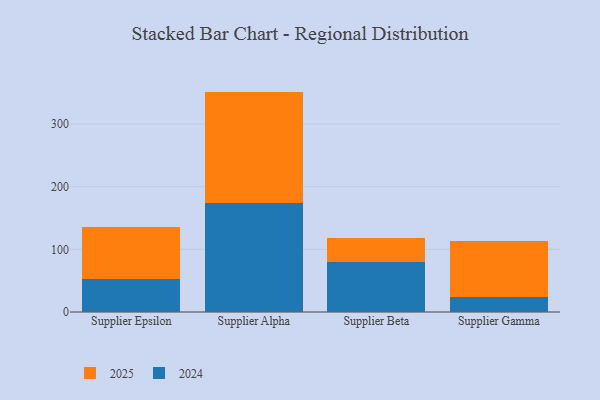
{"axis": {"x": "Supplier", "y": "Humidity (%)"}, "legend": ["2024", "2025"], "data": [{"x": "Supplier Epsilon", "y": 82.5, "type": "2025"}, {"x": "Supplier Epsilon", "y": 52.6, "type": "2024"}, {"x": "Supplier Alpha", "y": 177.5, "type": "2025"}, {"x": "Supplier Alpha", "y": 174.2, "type": "2024"}, {"x": "Supplier Beta", "y": 38.2, "type": "2025"}, {"x": "Supplier Beta", "y": 79.4, "type": "2024"}, {"x": "Supplier Gamma", "y": 88.9, "type": "2025"}, {"x": "Supplier Gamma", "y": 23.9, "type": "2024"}]}